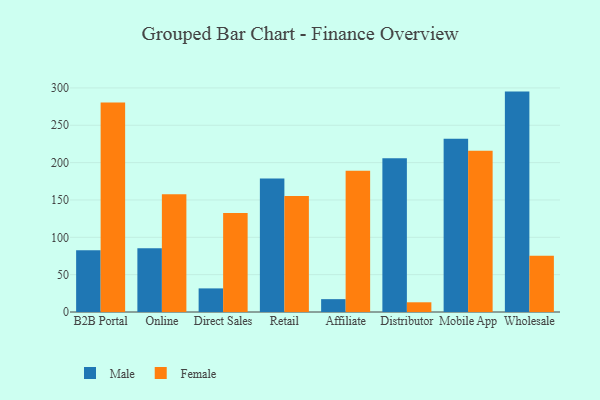
{"axis": {"x": "Channel", "y": "Market Share (%)"}, "legend": ["Female", "Male"], "data": [{"x": "B2B Portal", "y": 82.6, "type": "Male"}, {"x": "B2B Portal", "y": 280.5, "type": "Female"}, {"x": "Online", "y": 85.3, "type": "Male"}, {"x": "Online", "y": 157.7, "type": "Female"}, {"x": "Direct Sales", "y": 31.6, "type": "Male"}, {"x": "Direct Sales", "y": 132.4, "type": "Female"}, {"x": "Retail", "y": 178.9, "type": "Male"}, {"x": "Retail", "y": 155.2, "type": "Female"}, {"x": "Affiliate", "y": 17.2, "type": "Male"}, {"x": "Affiliate", "y": 189.1, "type": "Female"}, {"x": "Distributor", "y": 205.8, "type": "Male"}, {"x": "Distributor", "y": 13.0, "type": "Female"}, {"x": "Mobile App", "y": 232.1, "type": "Male"}, {"x": "Mobile App", "y": 216.0, "type": "Female"}, {"x": "Wholesale", "y": 295.1, "type": "Male"}, {"x": "Wholesale", "y": 75.2, "type": "Female"}]}